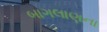
બાગલાણના